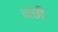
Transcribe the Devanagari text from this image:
वाछी